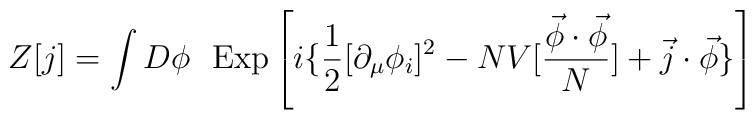
Z[j] = \int D \phi~~{\rm Exp} \left[ i \{ \frac{1}{2 }[\partial_\mu\phi_i]^2 - NV[\frac{\vec \phi \cdot \vec \phi}{N}] +\vec j \cdot \vec \phi \} \right]